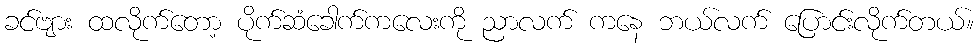
ခင်ဗျား ထလိုက်တော့ ပိုက်ဆံခေါက်ကလေးကို ညာလက် ကနေ ဘယ်လက် ပြောင်းလိုက်တယ်။